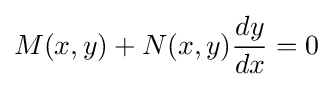
M(x,y)+N(x,y){\frac {dy}{dx}}=0